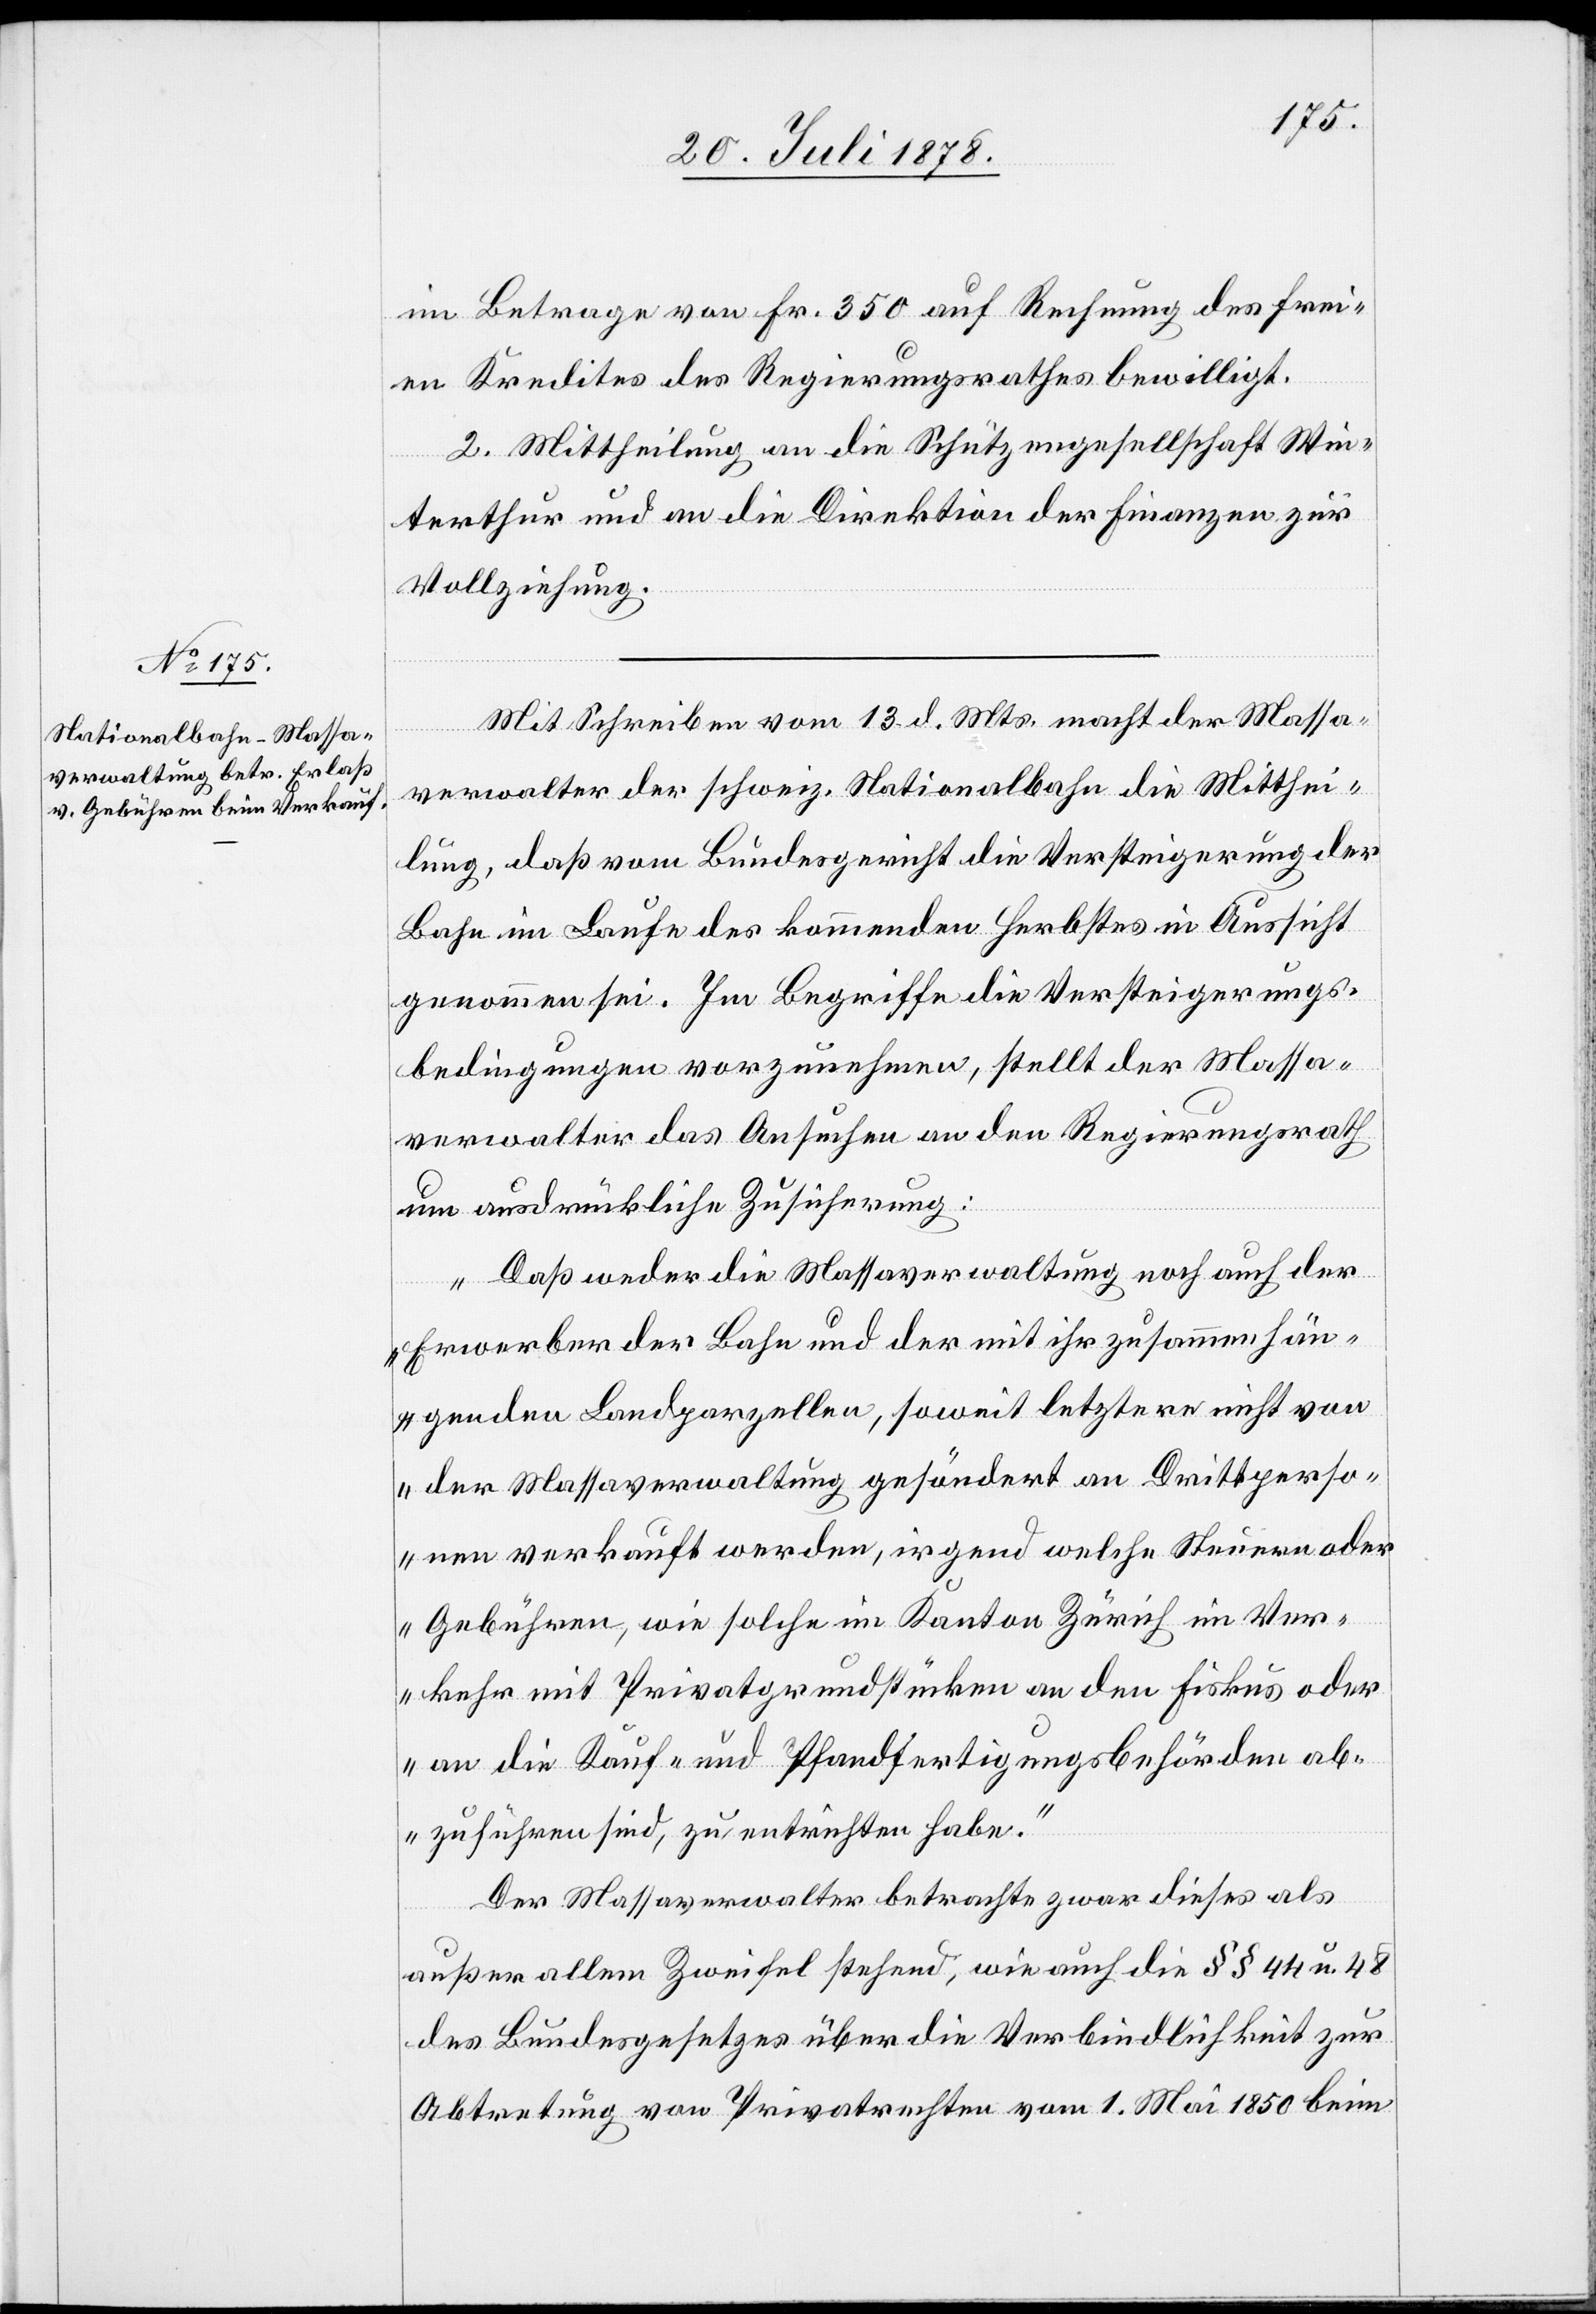
im Betrage von Fr. 350 auf Rechnung des frei¬
en Kredites des Regierungsrathes bewilligt.
2. Mittheilung an die Schützengesellschaft Win¬
terthur und an die Direktion der Finanzen zur
Vollziehung.
Mit Schreiben vom 13. d. Mts. macht der Massa¬
verwalter der schweiz. Nationalbahn die Mitthei¬
lung, daß vom Bundesgericht die Versteigerung der
Bahn im Laufe des kommenden Herbstes in Aussicht
genommen sei. Im Begriffe die Versteigerungs¬
bedingungen vorzunehmen, stellt der Massa¬
verwalter das Ansuchen an den Regierungsrath
um ausdrückliche Zusicherung:
„Daß weder die Massaverwaltung noch auch der
Erwerber der Bahn und der mit ihr zusammenhän¬
genden Landparzellen, soweit letztere nicht von
der Massaverwaltung gesöndert an Drittperso¬
nen verkauft werden, irgend welche Steuern oder
Gebühren, wie solche im Kanton Zürich im Ver¬
kehr mit Privatgrundstücken an den Fiskus oder
an die Kauf- und Pfandfertigungsbehörden ab¬
zuführen sind, zu entrichten habe.“
Der Massaverwalter betrachte zwar dieses als
außer allem Zweifel stehend, wie auch die §§ 44 u. 48
des Bundesgesetzes über die Verbindlichkeit zur
Abtretung von Privatrechten vom 1. Mai 1850 beim